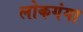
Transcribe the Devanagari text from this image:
लोकगंगा